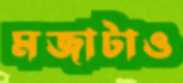
মজাটাও